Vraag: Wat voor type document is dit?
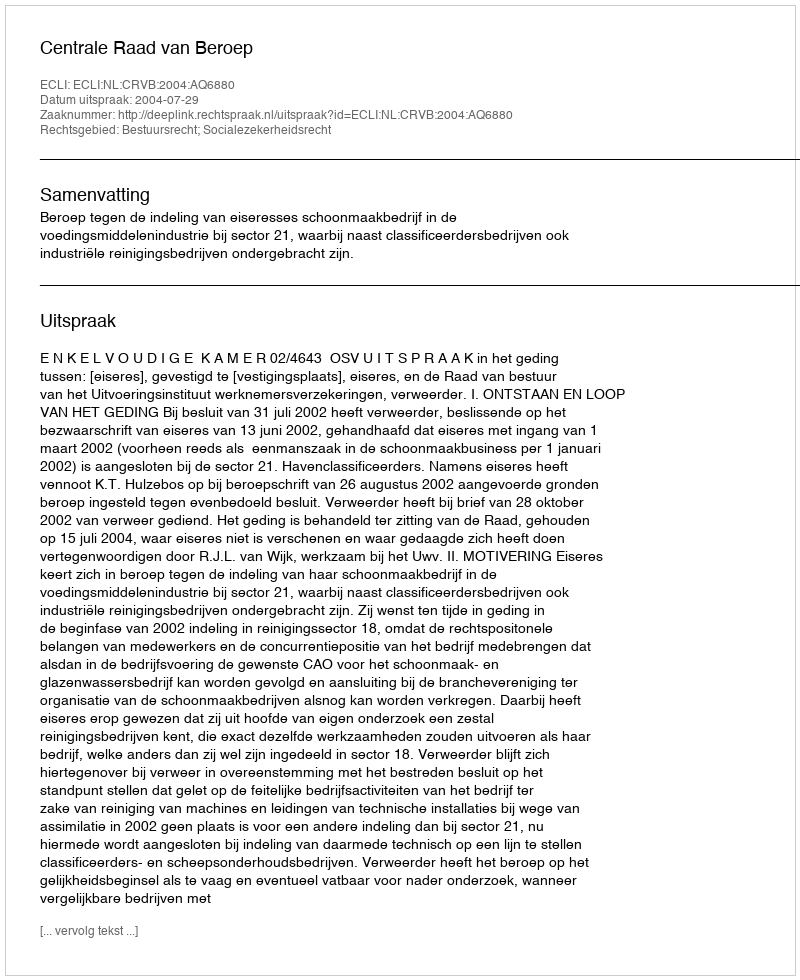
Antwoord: Uitspraak